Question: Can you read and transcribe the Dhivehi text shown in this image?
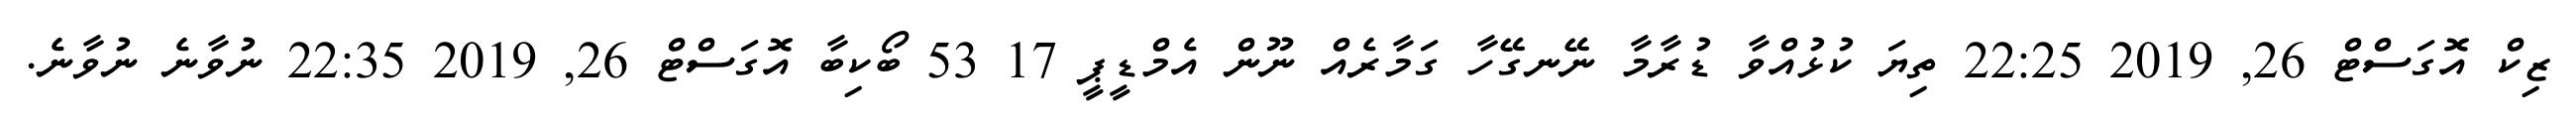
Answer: ޒިކް އޮގަސްޓް 26, 2019 22:25 ތިޔަ ކުޅުއްވާ ޑުރާމާ ނޭނގޭހާ ގަމާރެއް ނޫން އެމްޑީޕީ 17 53 ބޯކިބާ އޮގަސްޓް 26, 2019 22:35 ނުވާނެ ނުވާނެ.